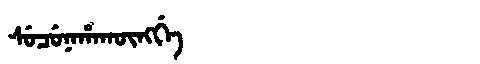
Manchu: ᠰᡠᠴᡠᠨᠠᡥᠠᡴᡡᠩᡤᡝ
Romanization: SUCUNAHAKŪNGGE